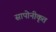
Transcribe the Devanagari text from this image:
सापोनीकृत